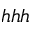
h h h